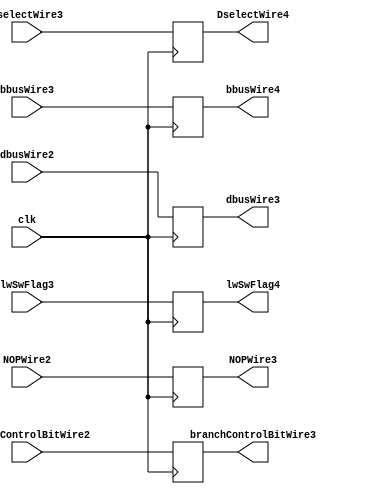
module pipeline_4_latch_2(clk, dbusWire2, DselectWire3, bbusWire3, lwSwFlag3, dbusWire3, DselectWire4,bbusWire4,lwSwFlag4,branchControlBitWire2,
branchControlBitWire3,NOPWire2,NOPWire3);
  input clk;
  input [63:0] dbusWire2, bbusWire3;
  input [31:0] DselectWire3;
  input [1:0] lwSwFlag3;
  input [2:0] branchControlBitWire2;
  input NOPWire2;
  output [63:0] dbusWire3, bbusWire4;
  output [31:0] DselectWire4;
  output [1:0] lwSwFlag4;
  output [2:0] branchControlBitWire3;
  output NOPWire3;
  reg [63:0] dbusWire3, bbusWire4;
  reg [31:0] DselectWire4;
  reg [1:0] lwSwFlag4;
  reg [2:0] branchControlBitWire3;
  reg NOPWire3;
  always @(posedge clk) begin
    dbusWire3 = dbusWire2;
    DselectWire4 = DselectWire3;
    bbusWire4 = bbusWire3;
    lwSwFlag4 = lwSwFlag3;
    branchControlBitWire3 = branchControlBitWire2;
    NOPWire3 = NOPWire2;
  end
endmodule